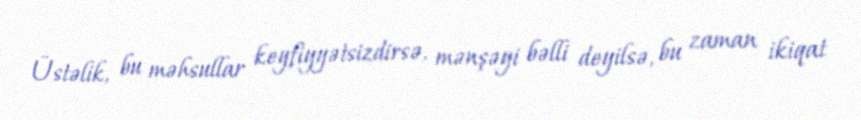
Üstəlik, bu məhsullar keyfiyyətsizdirsə, mənşəyi bəlli deyilsə, bu zaman ikiqat